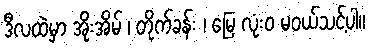
ဒီလထဲမှာ အိုးအိမ် ၊ တိုက်ခန်း ၊ မြေ လုံး၀ မဝယ်သင့်ပါ။